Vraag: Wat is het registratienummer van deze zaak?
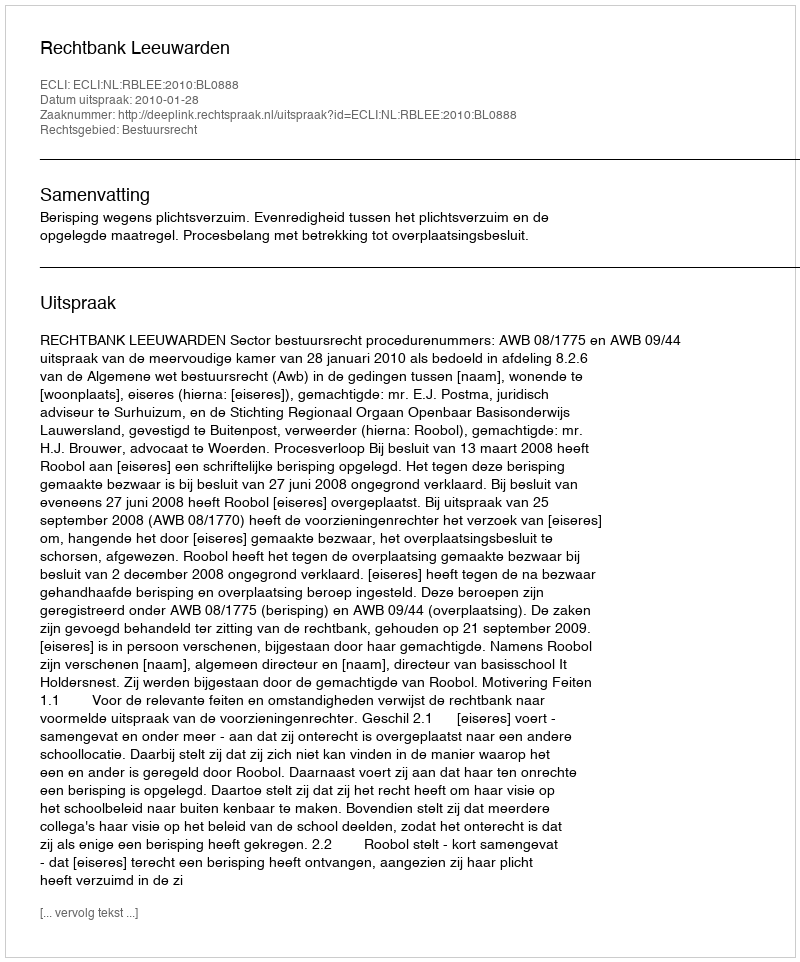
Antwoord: http://deeplink.rechtspraak.nl/uitspraak?id=ECLI:NL:RBLEE:2010:BL0888